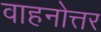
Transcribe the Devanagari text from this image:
वाहनोत्तर